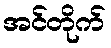
အင်တိုက်